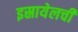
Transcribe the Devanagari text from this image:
इस्रायेलची